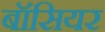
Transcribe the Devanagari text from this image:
बॉसियर